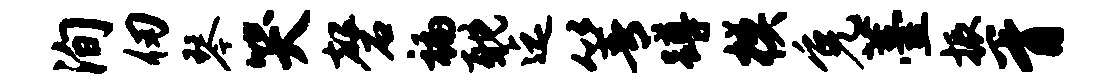
洵仞琴哭磬褊耽迄箐蹲模免薹振胥